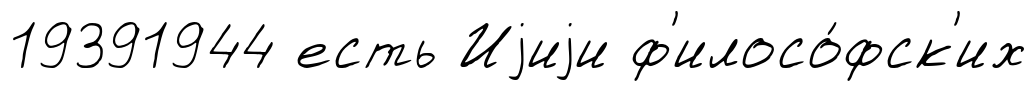
19391944 есть Иjиjи ф'илосо́фск'их